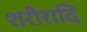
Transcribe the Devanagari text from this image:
शरीरादि